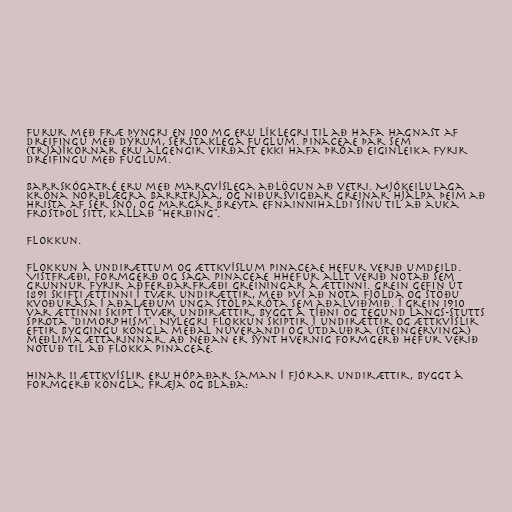
Furur með fræ þyngri en 100 mg eru líklegri til að hafa hagnast af
dreifingu með dýrum, sérstaklega fuglum. Pinaceae þar sem
(trjá)íkornar eru algengir virðast ekki hafa þróað eiginleika fyrir
dreifingu með fuglum.

Barrskógatré eru með margvíslega aðlögun að vetri. Mjókeilulaga
króna norðlægra barrtrjáa, og niðursvigðar greinar hjálpa þeim að
hrista af sér snó, og margar breyta efnainnihaldi sínu til að auka
frostþol sitt, kallað "herðing".

Flokkun.

Flokkun á undirættum og ættkvíslum Pinaceae hefur verið umdeild.
Vistfræði, formgerð og saga Pinaceae hhefur allt verið notað sem
grunnur fyrir aðferðarfræði greiningar á ættinni. Grein gefin út
1891 skifti ættinni í tvær undirættir, með því að nota fjölda og stöðu
kvoðurása í aðalæðum unga stólparóta sem aðalviðmið. Í grein 1910
var ættinni skipt í tvær undirættir, byggt á tíðni og tegund langs-stutts
sprota "dimorphism". Nýlegri flokkun skiptir í undirættir og ættkvíslir
eftir byggingu köngla meðal núverandi og útdauðra (steingervinga)
meðlima ættarinnar. Að neðan er sýnt hvernig formgerð hefur verið
notuð til að flokka Pinaceae.

Hinar 11 ættkvíslir eru hópaðar saman í fjórar undirættir, byggt á
formgerð köngla, fræja og blaða: